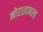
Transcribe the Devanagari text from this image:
मोराझानला